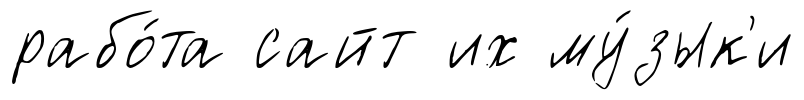
рабо́та сайт их му́зык'и